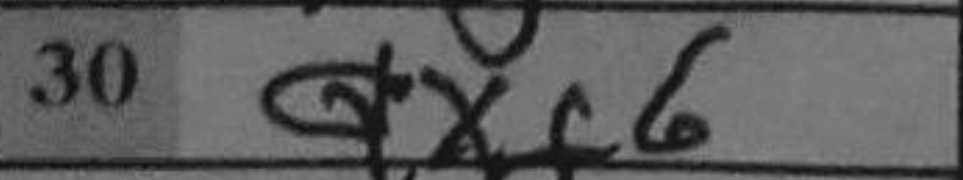
Transcription: Qxf6